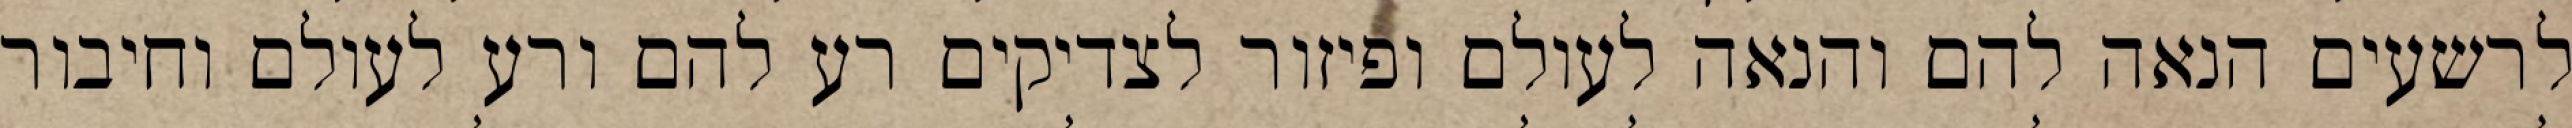
לרשעים הנאה להם והנאה לעולם ופיזור לצדיקים רע להם ורע לעולם וחיבור